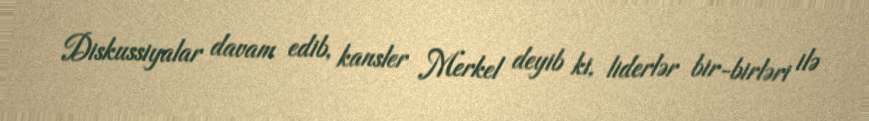
Diskussiyalar davam edib, kansler Merkel deyib ki, liderlər bir-birləri ilə